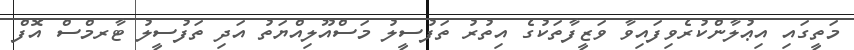
މަތީގައި އިޢުލާންކުރެވިފައިވާ ވަޒީފާތަކުގެ އިތުރު ތަފުސީލު މަސްއޫލިއްޔަތު އަދި ތަފުސީލު ޓާރމްސް އޮފް